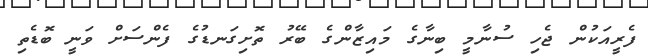
ފެރީއަކުން ޖެހި ސުނާމީ ބިނާގެ މައިޒާންގެ ބޭރު ތޮށިގަނޑުގެ ފެންސަށް ވަނީ ބޮޑެތި